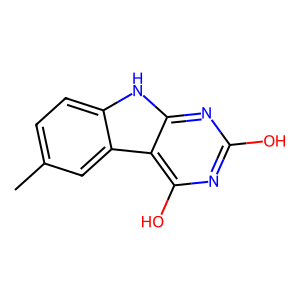
SMILES: Cc1ccc2[nH]c3nc(O)nc(O)c3c2c1
Inhibits HIV replication: No